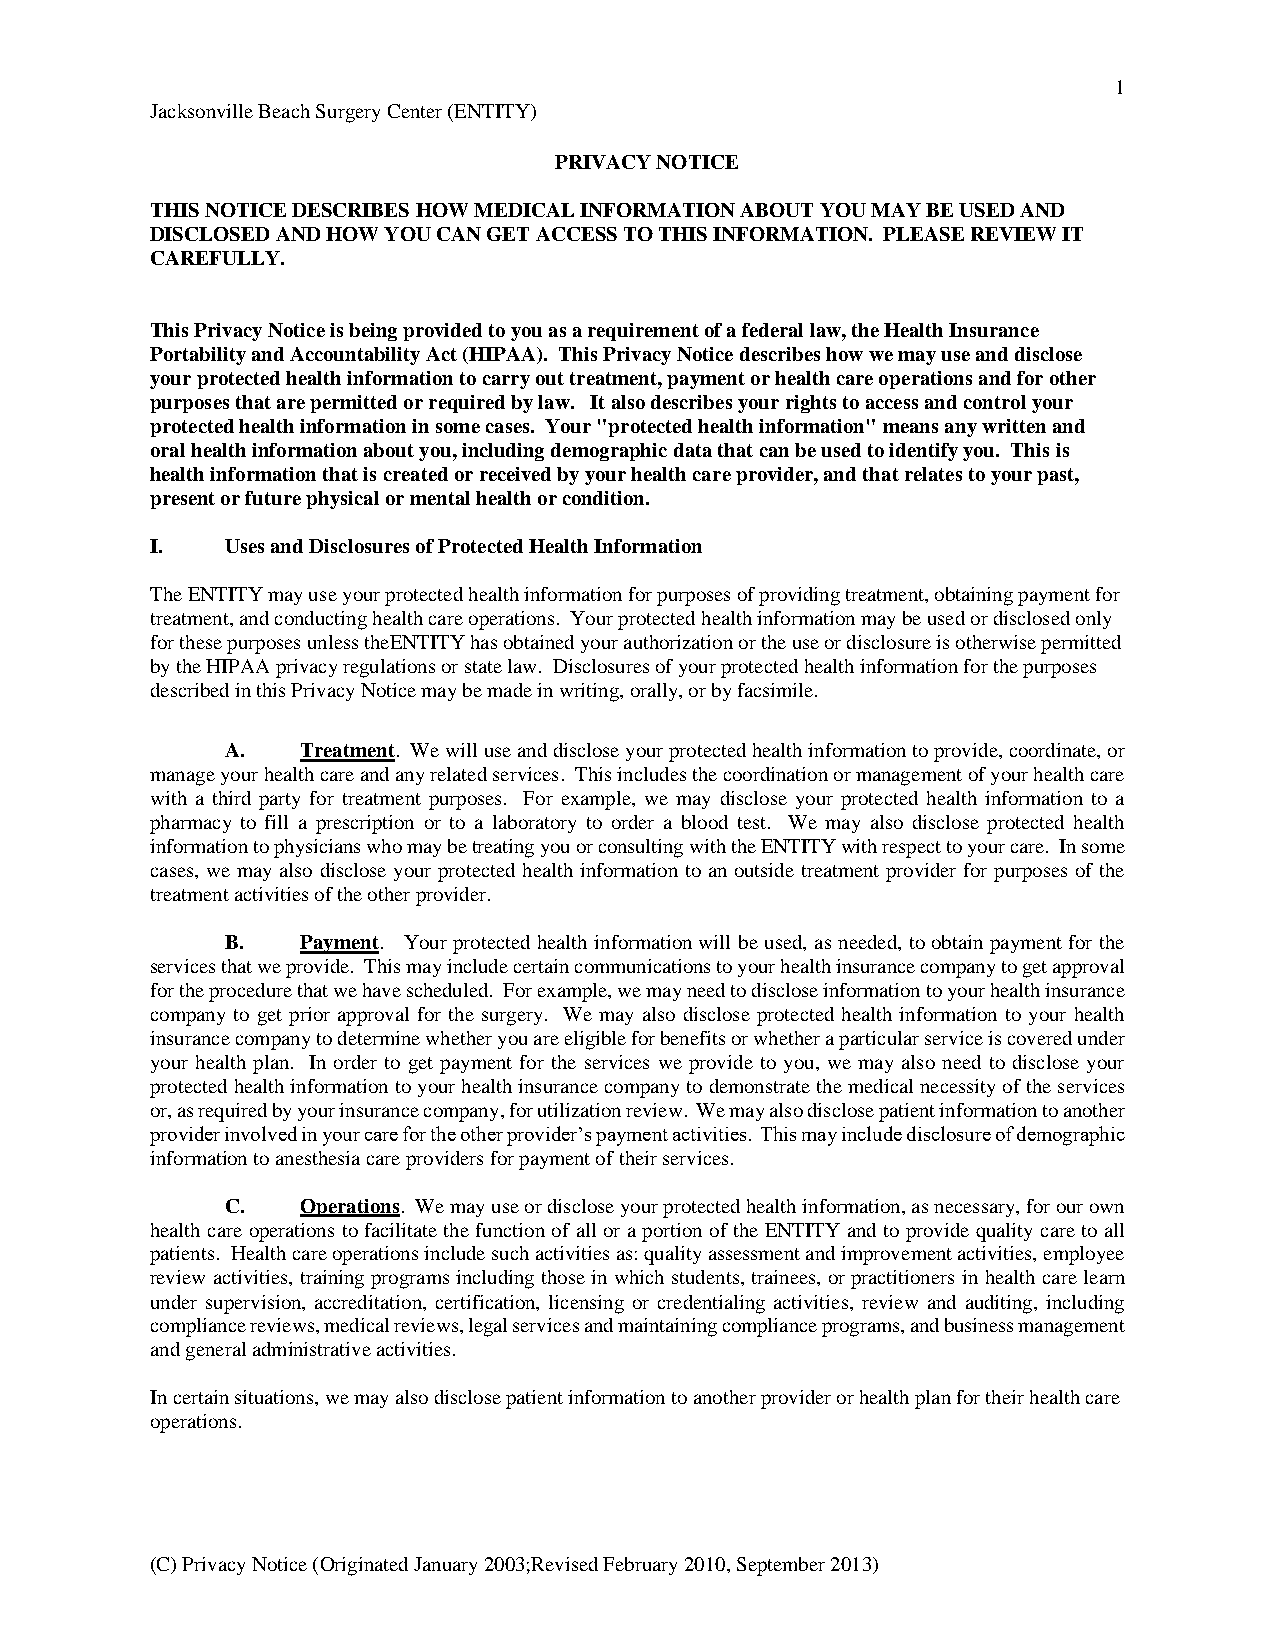
1
 Jacksonville Beach Surgery Center (ENTITY)
 PRIVACY NOTICE
 THIS NOTICE DESCRIBES HOW MEDICAL INFORMATION ABOUT YOU MAY BE USED AND
 DISCLOSED AND HOW YOU CAN GET ACCESS TO THIS INFORMATION. PLEASE REVIEW IT
 CAREFULLY.
 This Privacy Notice is being provided to you as a requirement of a federal law, the Health Insurance
 Portability and Accountability Act (HIPAA). This Privacy Notice describes how we may use and disclose
 your protected health information to carry out treatment, payment or health care operations and for other
 purposes that are permitted or required by law. It also describes your rights to access and control your
 protected health information in some cases. Your "protected health information" means any written and
 oral health information about you, including demographic data that can be used to identify you. This is
 health information that is created or received by your health care provider, and that relates to your past,
 present or future physical or mental health or condition.
 I.   Uses and Disclosures of Protected Health Information
 The ENTITY may use your protected health information for purposes of providing treatment, obtaining payment for
 treatment, and conducting health care operations. Your protected health information may be used or disclosed only
 for these purposes unless theENTITY has obtained your authorization or the use or disclosure is otherwise permitted
 by the HIPAA privacy regulations or state law. Disclosures of your protected health information for the purposes
 described in this Privacy Notice may be made in writing, orally, or by facsimile.
 A.   Treatment. We will use and disclose your protected health information to provide, coordinate, or
 manage your health care and any related services. This includes the coordination or management of your health care
 with a third party for treatment purposes. For example, we may disclose your protected health information to a
 pharmacy to fill a prescription or to a laboratory to order a blood test. We may also disclose protected health
 information to physicians who may be treating you or consulting with the ENTITY with respect to your care. In some
 cases, we may also disclose your protected health information to an outside treatment provider for purposes of the
 treatment activities of the other provider.
 B.   Payment. Your protected health information will be used, as needed, to obtain payment for the
 services that we provide. This may include certain communications to your health insurance company to get approval
 for the procedure that we have scheduled. For example, we may need to disclose information to your health insurance
 company to get prior approval for the surgery. We may also disclose protected health information to your health
 insurance company to determine whether you are eligible for benefits or whether a particular service is covered under
 your health plan. In order to get payment for the services we provide to you, we may also need to disclose your
 protected health information to your health insurance company to demonstrate the medical necessity of the services
 or, as required by your insurance company, for utilization review. We may also disclose patient information to another
 provider involved in your care for the other provider’s payment activities. This may include disclosure of demographic
 information to anesthesia care providers for payment of their services.
 C.   Operations. We may use or disclose your protected health information, as necessary, for our own
 health care operations to facilitate the function of all or a portion of the ENTITY and to provide quality care to all
 patients. Health care operations include such activities as: quality assessment and improvement activities, employee
 review activities, training programs including those in which students, trainees, or practitioners in health care learn
 under supervision, accreditation, certification, licensing or credentialing activities, review and auditing, including
 compliance reviews, medical reviews, legal services and maintaining compliance programs, and business management
 and general administrative activities.
 In certain situations, we may also disclose patient information to another provider or health plan for their health care
 operations.
 (C) Privacy Notice (Originated January 2003;Revised February 2010, September 2013)